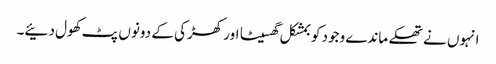
انہوں نے تھکے ماندے وجود کو بمشکل گھسیٹا اور کھڑکی کے دونوں پٹ کھول دئیے۔